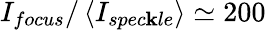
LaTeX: I_{focus}/\left<I_{spec\mathbf{k}le}\right>\simeq200